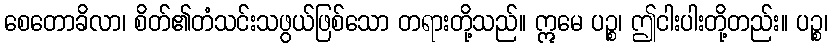
စေတောခိလာ၊ စိတ်၏တံသင်းသဖွယ်ဖြစ်သော တရားတို့သည်။ ဣမေ ပဉ္စ၊ ဤငါးပါးတို့တည်း။ ပဉ္စ၊